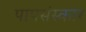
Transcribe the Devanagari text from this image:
पापसंस्कार